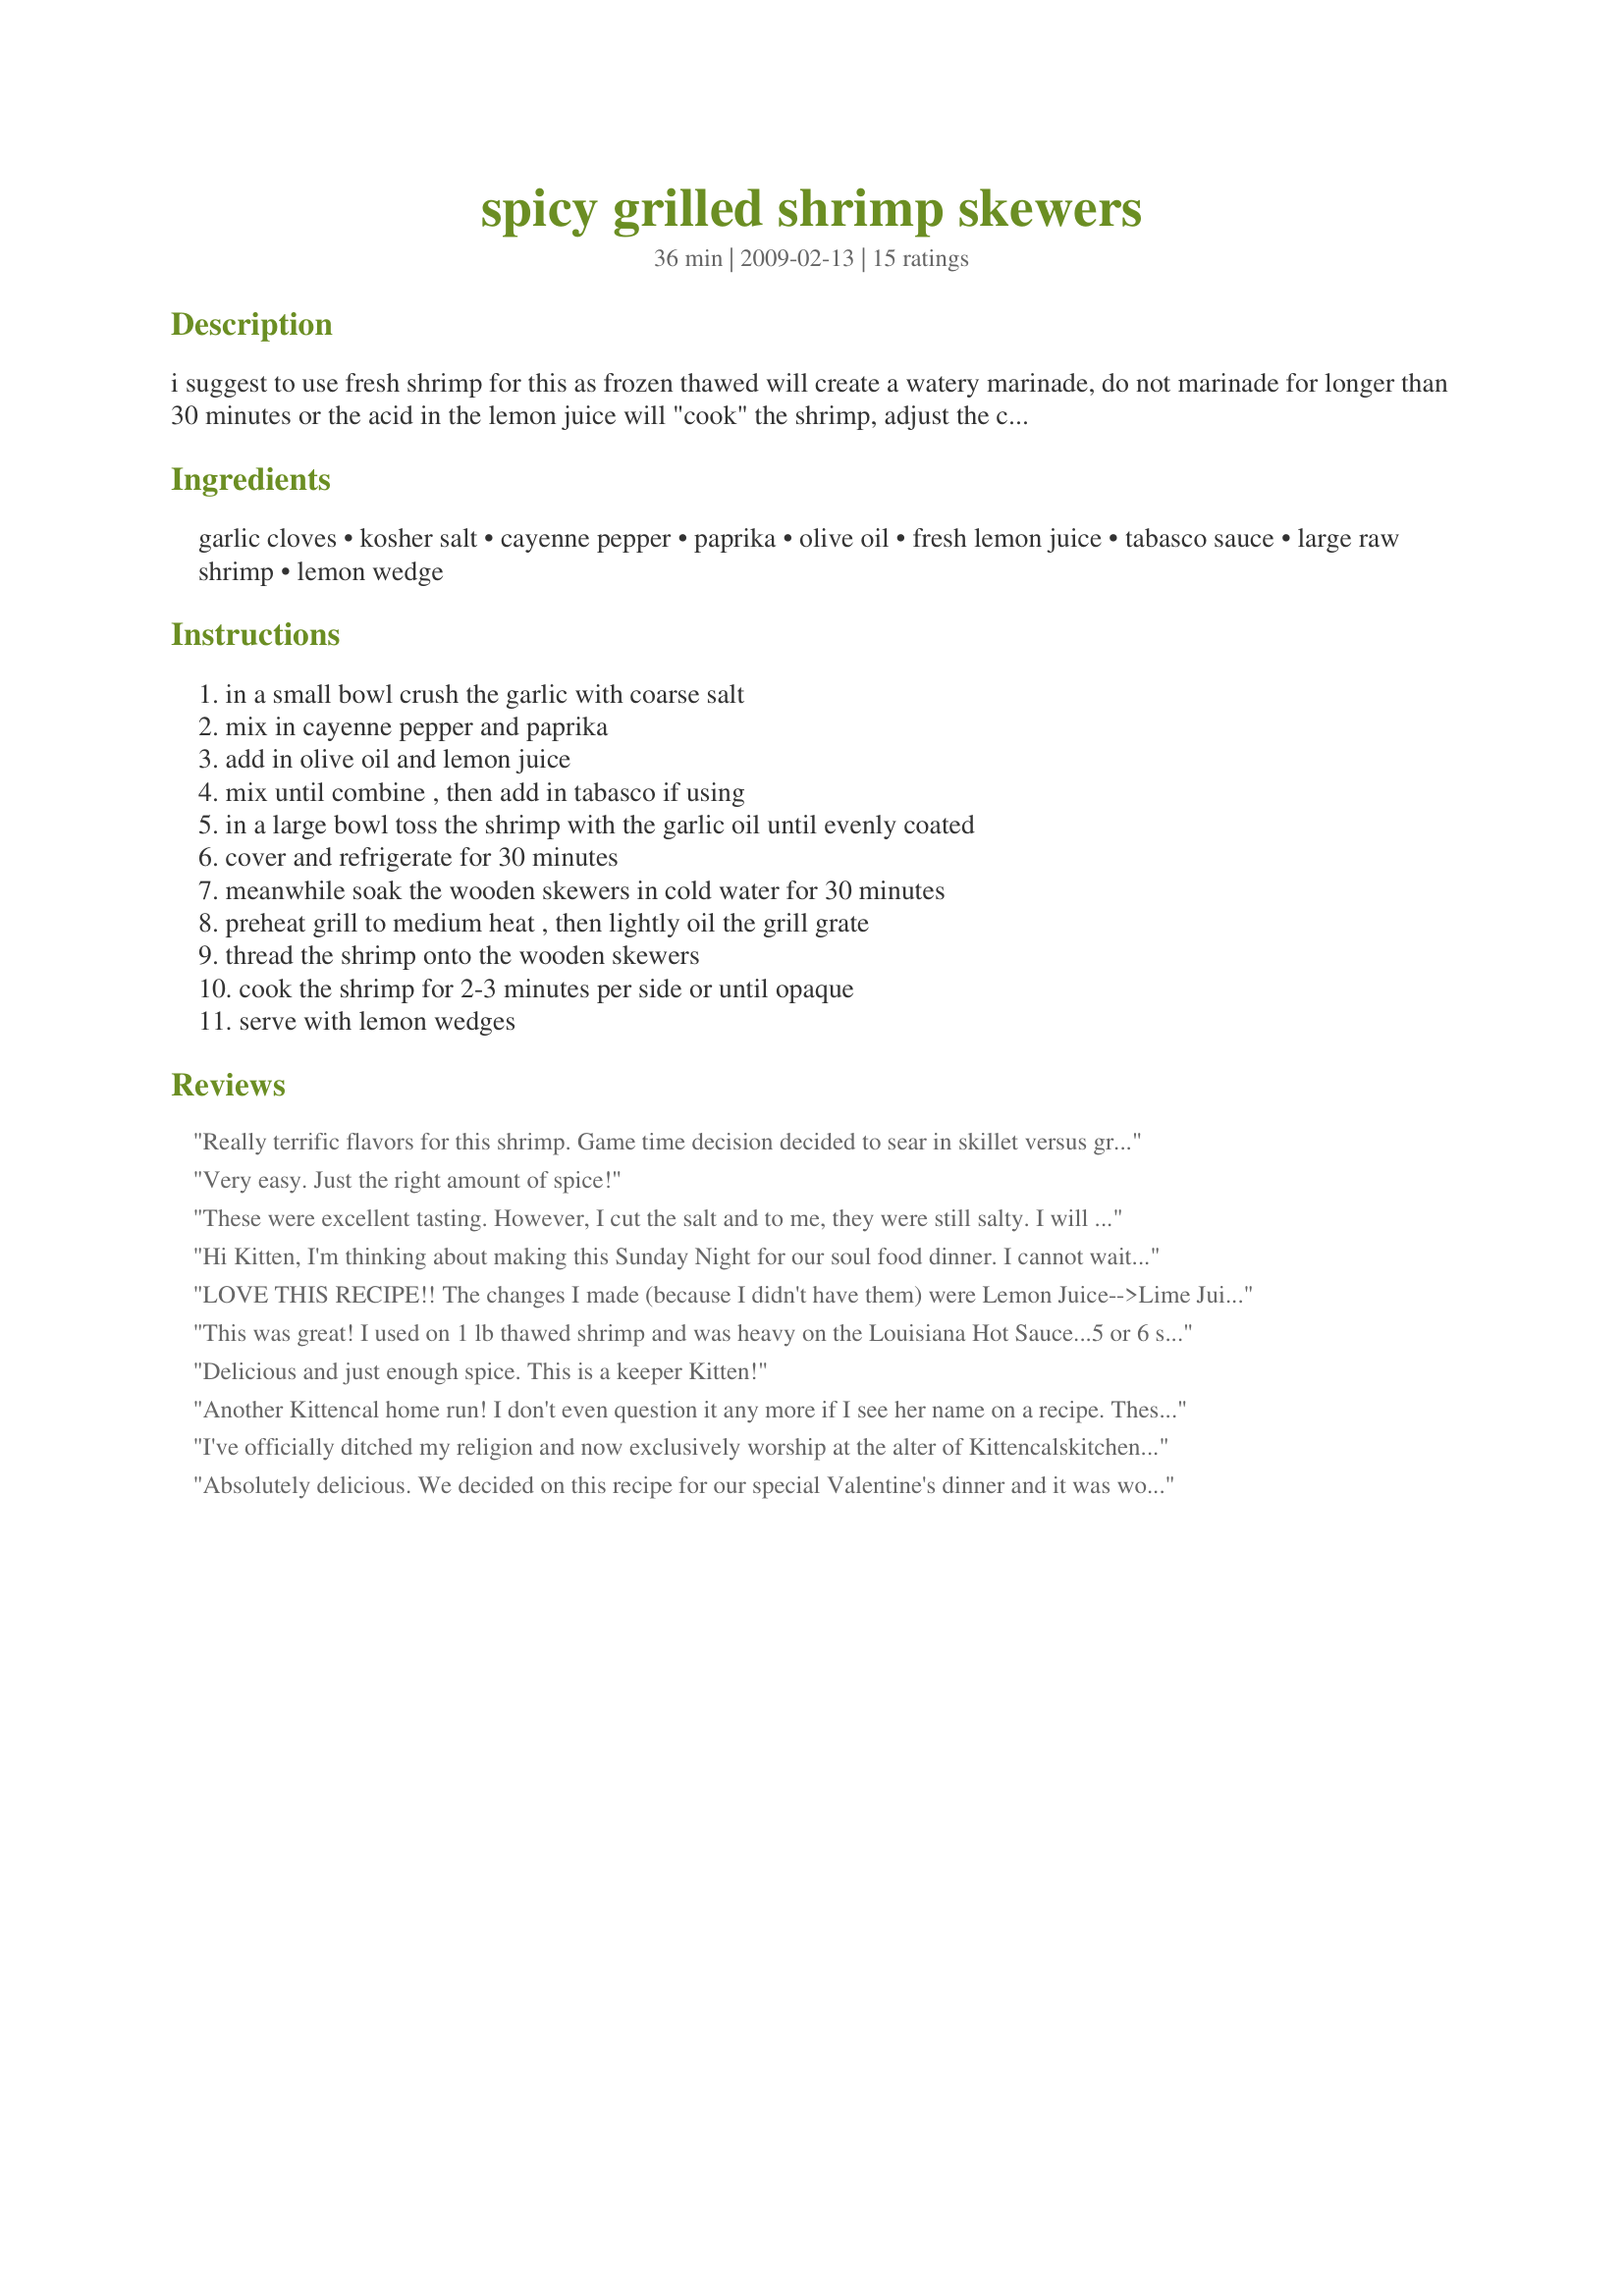
spicy grilled shrimp skewers
Preparation time: 36 minutes

i suggest to use fresh shrimp for this as frozen thawed will create a watery marinade, do not marinade for longer than 30 minutes or the acid in the lemon juice will "cook" the shrimp, adjust the cayenne to suit heat level, i have left the tabasco as optional you may add it or omit --- this shrimp is very good!

Ingredients:
garlic cloves, kosher salt, cayenne pepper, paprika, olive oil, fresh lemon juice, tabasco sauce, large raw shrimp, lemon wedge

Steps:
in a small bowl crush the garlic with coarse salt, mix in cayenne pepper and paprika, add in olive oil and lemon juice, mix until combine , then add in tabasco if using, in a large bowl toss the shrimp with the garlic oil until evenly coated, cover and refrigerate for 30 minutes, meanwhile soak the wooden skewers in cold water for 30 minutes, preheat grill to medium heat , then lightly oil the grill grate, thread the shrimp onto the wooden skewers, cook the shrimp for 2-3 minutes per side or until opaque, serve with lemon wedges

Reviews:
Really terrific flavors for this shrimp. Game time decision decided to sear in skillet versus grill because these shrimp were smaller than I thought. Kitten has a great suggestion for fresh vs. frozen shrimp, but for years have found if I thaw, then peel, then set on paper towels in fridge it drains ALL the moister off so marinades "stick". For 123.
Very easy. Just the right amount of spice!
These were excellent tasting. However, I cut the salt and to me, they were still salty. I will use this recipe again and eliminate the salt altogether. I also wimped out and used only 1/8 tsp of cayenne, but definitely could have used more. Did them in a basket on the barbecue grill for a wonderful dinner. Thanks so much for sharing your recipe.
Hi Kitten, 
 I'm thinking about making this Sunday Night for our soul food dinner. I cannot wait. I'm sure this will turn out sooo good. Now, i'm starving. Thanks for posting. Glen
LOVE THIS RECIPE!! The changes I made (because I didn't have them) were Lemon Juice-->Lime Juice, Cayenne-->Caribbean Jerk Spice Mix, and I used a foreman grill because it is just TOO hot to grill outside right now!! I also used frozen precooked shrimp and I didn't have skewers either, so I just threw the shrimp on the foreman. Despite the changes, the recipe came out SOO good! I paired it with brown rice and broccoli and drizzled the cooked rice and shrimp with the marinade drippings from the grill. YUM!!!
This was great! I used on 1 lb thawed shrimp and was heavy on the Louisiana Hot Sauce...5 or 6 shakes. Spicy and yummy!
Delicious and just enough spice. This is a keeper Kitten!
Another Kittencal home run! I don't even question it any more if I see her name on a recipe. These are SOOOOOOO good!!!!
I've officially ditched my religion and now exclusively worship at the alter of Kittencalskitchen. These were restaurant quality (as most of Kittencal's recipes are) and I will be making these again. My only complaint was that these caused a gladiator type fight between me and my cat and, I'm afraid, I love these shrimp too much to share. I just loved the spice these had and can't wait to have these again! Thanks again Kittencal for yet another GREAT recipe!!!
Absolutely delicious. We decided on this recipe for our special Valentine's dinner and it was wonderful. Just enough hotness (next time we'll make it a little hotter). Thanks for sharing this gem.
These are fantastic! Paired them with some grilled chicken breasts...yummmm Entire family of 8 gave 5 stars! Thanks for posting!....Gina :)
Excellent - fast and easy to make. I actually did use frozen pre-skewered shrimp but was sure to pat them dry before marinading and they turned out perfect! I have made these twice the first I served with a simple salad but the second - well those were served over cheese grits, topped with scallions. DH, daughter and her beau are still over the moon about that dish, Needless to say, fast simple, delicious all add up to a regular item on our menu!
Made these for my Derby Party yesterday and everyone RAVED!! They were still talking about them this morning. I didn't marinate them for more than 10 min., I was nervous they would be overcooked. Came out great. Highly recommend!
Really good and super easy. Try it!
I don't often leave reviews for recipes but this one was so simple and amazing that I had to say something. Really phenomenal flavor from this quick marinade. My husband and I liked it so much we made it two nights in a row. If you are going to use frozen shrimp instead of fresh really make sure that you drain all the excess water from thawing really well or the marinade won't stick to the shrimp.
